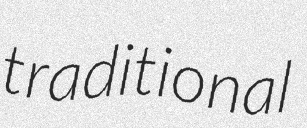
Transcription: traditional